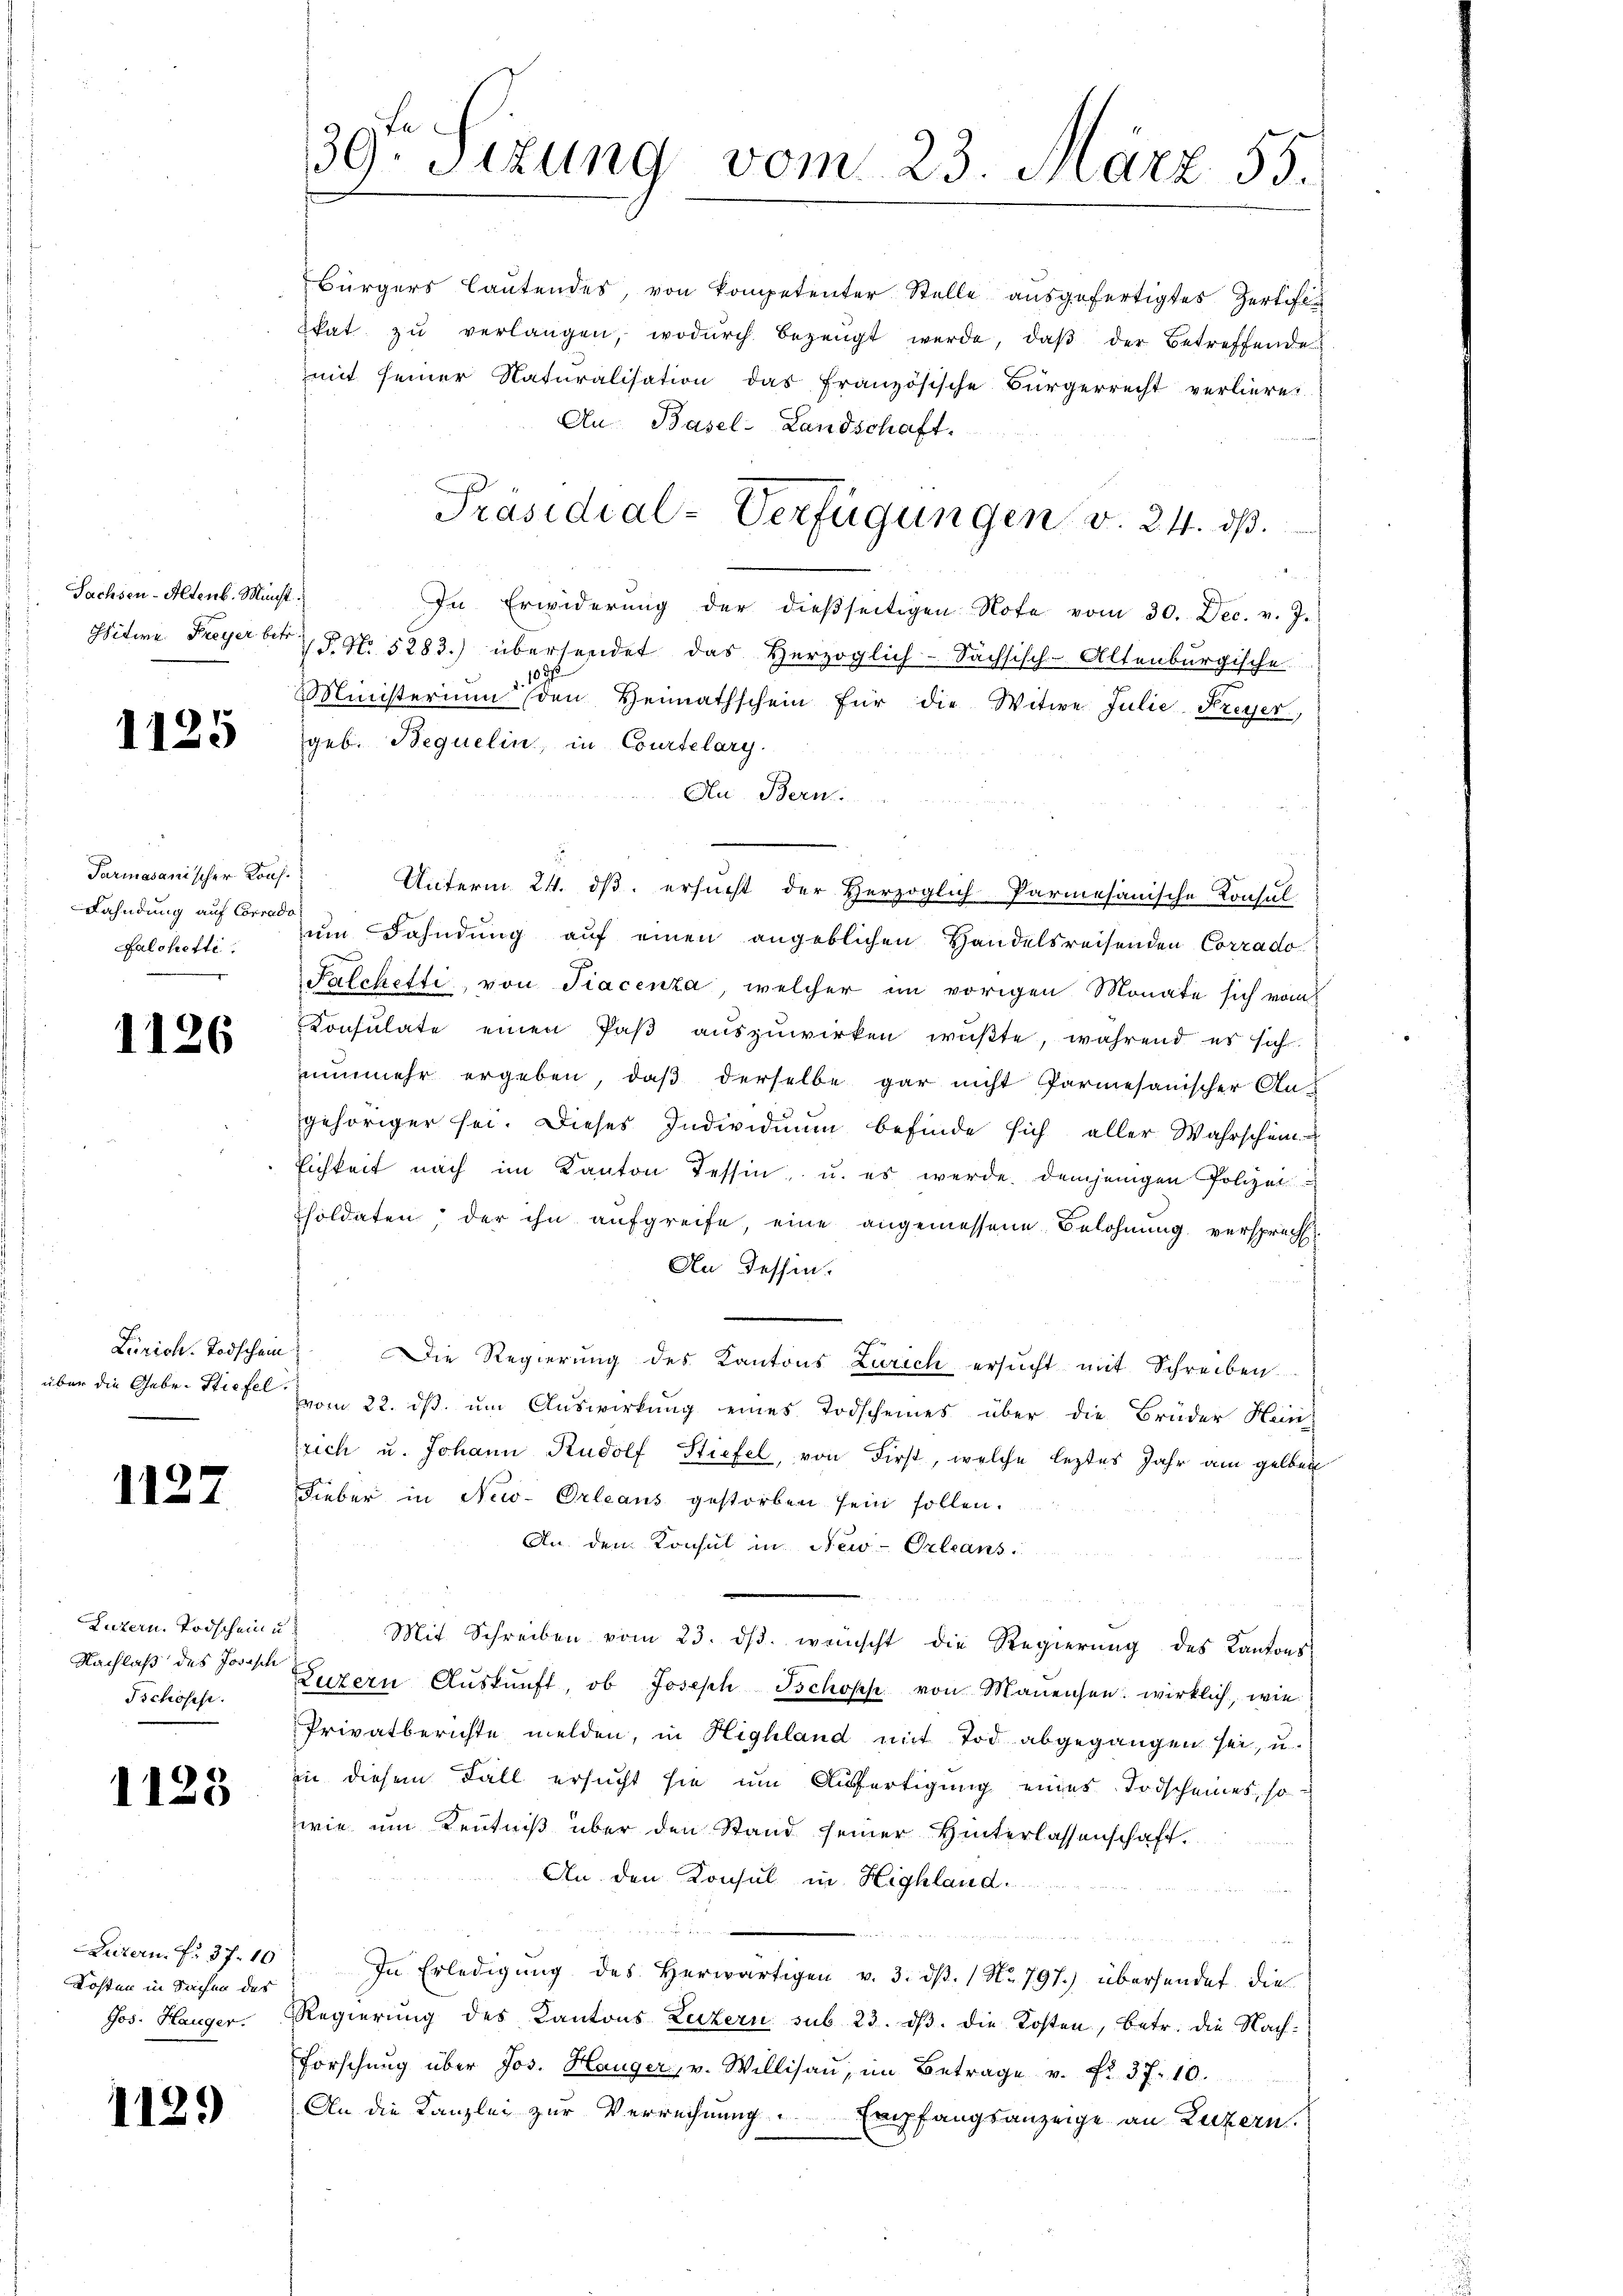
Sachsen-Altenb. Münst

1125

Parmasanischer Kons.
Dahndung auf Corrado
Falchetti.

1126

über die Gebr. Stiefel.

1127

Luzern. Todschein u.
Nachlaß des Josisch
Tschoses.

1125

Litern. Fr. 37. 10
Kosten in Sachen des
Jos. Hanger.

1129

39ten Sizung vom 23. März 55.

Bürgers lautendes, von Kompetenter Stelle ausgefertigtes Zertifikat zŭ verlangen, wodŭrch bezeugt werde, daβ der Betreffende
mit seiner Naturalisation das französische Bürgerrecht verliere
An Basel-Landschaft.
In Erwiderŭng der dießseitigen Note vom 30. Dec. v. J.
Witwe Freyer betr. P. Nr. 5283.) übersendet das Herzoglich-Sächsisch-Altenburgische
Ministerium den Heimathschein für die Witwe Julie Freyer,
geb. Bequelin, in Courtelary
Au Bern
Unterm 24. ds. ersucht der Herzoglich-Parmesanische Konsul
um Fahndung auf einen angeblichen Handelsreisenden Corrado
Falchetti, von Fiacenza, welcher im vorigen Monate sich vom
Consulate einen Paβ aŭszŭwirken wŭβte, während es sich
nŭnmehr ergeben, daβ derselbe gar nicht Parmesanischer An
gehöriger sei. Dieses Individuum befinde sich aller Wahrschein
Eichkeit nach im Kanton Tessin, u. es werde demjenigen Polizei
soldaten der ihn aufgreife, eine angemessene Belohnung versprecht
An dessen.
Zürich. Todschein. Die Regierung des Kantons Zürich ersŭcht mit Schreiben.
vom 22. ds. um Auswirkung eines Todscheines über die Brüder Hins
rich u. Johann Rudolf Stiefel, von First, welche leztes Jahr am gelben
Fieber in New-Orleans gestorben sein sollen.
An den Konsul in New-Orleans
Mit Schreiben vom 23. dβ. wünscht die Regierung des Kantons
Luzern Aŭskŭnft, ob Joseph Jschopp von Manensen wirklich, wie
Privatberichte melden, in Highland mit Tod abgegangen sei, u.
in diesem Fall ersucht sie um Ausfertigung eines Todscheines, so
wie um Kenntniß über den Stand seiner Hinterlassenschaft.
An den Konsul in Highland.
In Erledigŭng des herwärtigen v. 3. dβ. / No. 797.) übersendet die
Regierŭng des Kantons Luzern sub 23. dβ. die Kosten, betr. die Nach-
Forschŭng über Jos. Hanger, v. Willisaŭ, im Betrage v. fr. 37. 10.
An die Kanzlei zur Verrechnung. Empfangsanzeige an Luzern.

Präsidial-Verfügungen v. 24. ds.